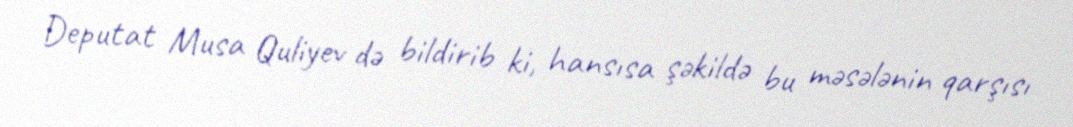
Deputat Musa Quliyev də bildirib ki, hansısa şəkildə bu məsələnin qarşısı